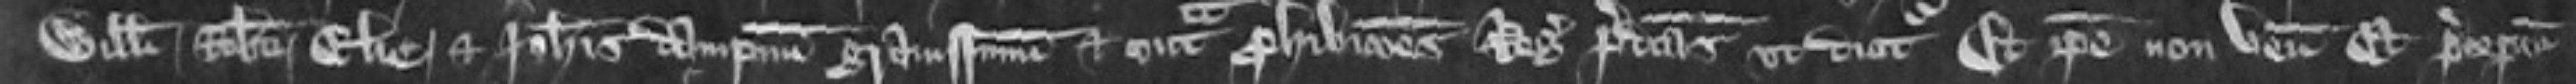
Willelmi Robertii Elie et Johannis dampnum gravissimum et contra prohibitiones Regis predictas ut dicitur Et ipse non venit et preceptum